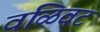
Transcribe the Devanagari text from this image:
वळिवट